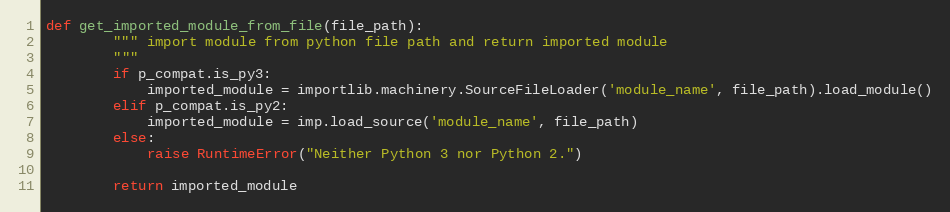
Language: Python
def get_imported_module_from_file(file_path):
        """ import module from python file path and return imported module
        """
        if p_compat.is_py3:
            imported_module = importlib.machinery.SourceFileLoader('module_name', file_path).load_module()
        elif p_compat.is_py2:
            imported_module = imp.load_source('module_name', file_path)
        else:
            raise RuntimeError("Neither Python 3 nor Python 2.")

        return imported_module